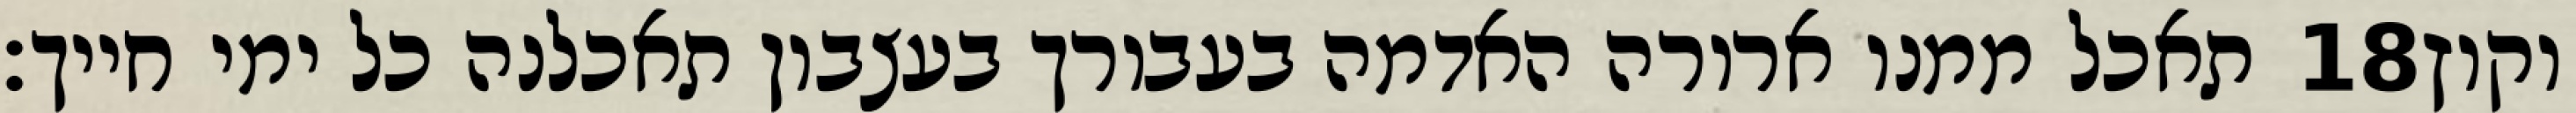
תאכל ממנו ארורה האדמה בעבורך בעצבון תאכלנה כל ימי חייך׃ ‎18‏ וקוץ